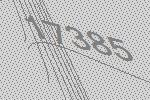
17385